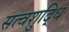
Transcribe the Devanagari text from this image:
सत्वशुद्धि